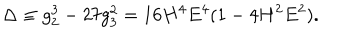
\Delta \equiv g _ { 2 } ^ { 3 } - 2 7 g _ { 3 } ^ { 2 } = 1 6 H ^ { 4 } E ^ { 4 } ( 1 - 4 H ^ { 2 } E ^ { 2 } ) .